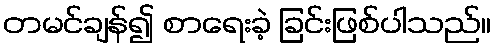
တမင်ချန်၍ စာရေးခဲ့ ခြင်းဖြစ်ပါသည်။